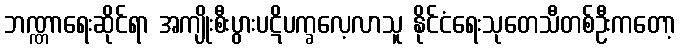
ဘဏ္ဏာရေးဆိုင်ရာ အကျိုးစီးပွားပဋိပက္ခလေ့လာသူ နိုင်ငံရေးသုတေသီတစ်ဦးကတော့